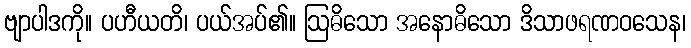
ဗျာပါဒကို။ ပဟီယတိ၊ ပယ်အပ်၏။ ဩဓိသော အနောဓိသော ဒိသာဖရဏဝသေန၊